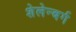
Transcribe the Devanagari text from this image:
शेलेन्बर्ग